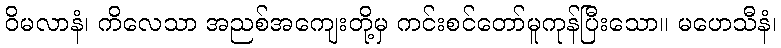
ဝိမလာနံ၊ ကိလေသာ အညစ်အကျေးတို့မှ ကင်းစင်တော်မူကုန်ပြီးသော။ မဟေသီနံ၊